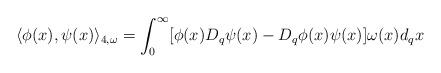
LaTeX: \begin{align*}\langle \phi(x),\psi(x)\rangle_{4,\omega}=\int_{0}^{\infty}[\phi(x)D_q\psi(x)-D_q\phi(x)\psi(x)]\omega(x)d_qx\end{align*}